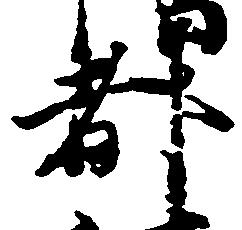
都